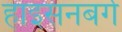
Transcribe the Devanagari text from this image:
हाइसनबर्ग